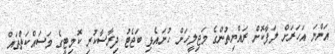
އަންނަ އަހަރަށް ލަފާކޮށް ރައްޔިތުންގެ މަޖިލީހަށް ހުށައެޅި ބަޖެޓު ދިރާސާކުރި ކޮމިޓީގެ މަސައްކަތްތައް